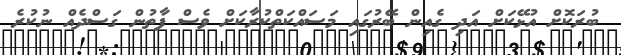
ބުރަކޮށް އުޅޭކަށް އަދި ގެއިން ބޭރުގައި މަސައްކަތްކުރާކަށް ވެސް ފާތުން ގަސްދެއް ނުކުރެ